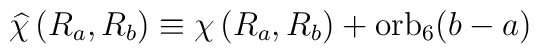
\widehat{\chi}\left(R_a,R_b\right) \equiv\chi\left(R_a,R_b\right)+ {\rm orb}_6(b-a)